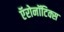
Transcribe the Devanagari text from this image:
ऍरोनॉटिक्स